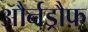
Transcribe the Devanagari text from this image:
और्नड्रौफ़